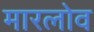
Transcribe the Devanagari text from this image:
मारलोव